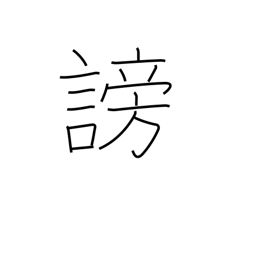
Meaning: disparage